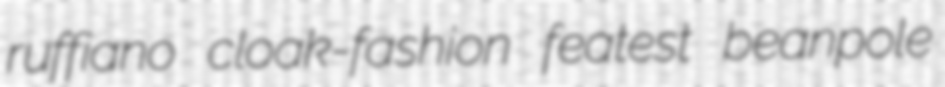
ruffiano cloak-fashion featest beanpole